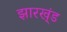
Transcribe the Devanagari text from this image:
झारख्ंड